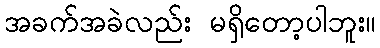
အခက်အခဲလည်း မရှိတော့ပါဘူး။